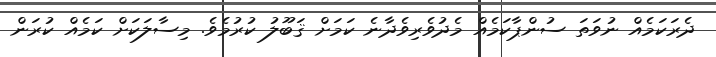
ދެރަކަމެއް ނުވަތަ ސުންޕާކަމެއް މެދުވެރިވެދާނެ ކަމަށް ޤަބޫލު ކުރުމެވެ. މިސާލަކަށް ކަމެއް ކުރަން